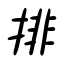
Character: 排